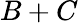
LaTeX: B+C